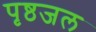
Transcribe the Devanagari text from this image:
पृष्ठजल